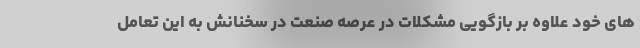
های خود علاوه بر بازگویی مشکلات در عرصه صنعت در سخنانش به این تعامل